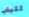
للباب